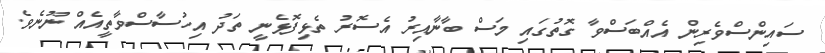
ސައިންސްވެރިން އެއްބަސްވާ ގޮތުގައި މަސް ބާނާއިރު އެސޮރު ތެޅިފޮޅެނީ ތަދު އިހުސާސްވާތީއެއް ނޫނެވެ.